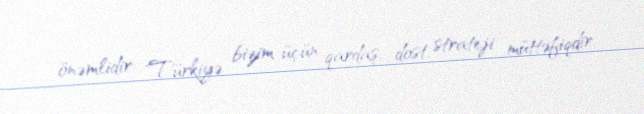
önəmlidir: "Türkiyə bizim üçün qardaş, dost, strateji müttəfiqdir.